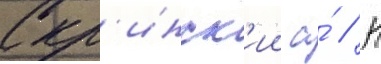
Скр'инск'ии а́ // Н